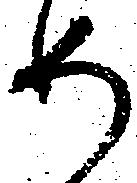
め